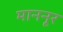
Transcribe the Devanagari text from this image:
माननूर